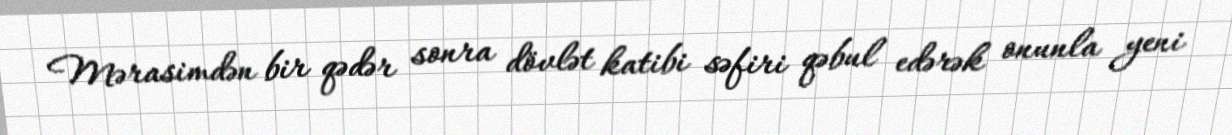
Mərasimdən bir qədər sonra dövlət katibi səfiri qəbul edərək onunla yeni